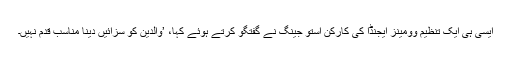
ایسی ہی ایک تنظیم وومینز ایجنڈا کی کارکن استو جینگ نے گفتگو کرتے ہوئے کہا، ’والدین کو سزائیں دینا مناسب قدم نہیں۔